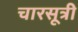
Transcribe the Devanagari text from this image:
चारसूत्री